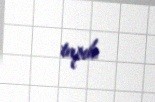
tapıb.